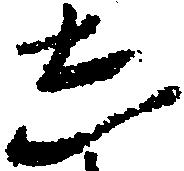
し